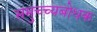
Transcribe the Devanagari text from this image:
समुच्च्यबोधक